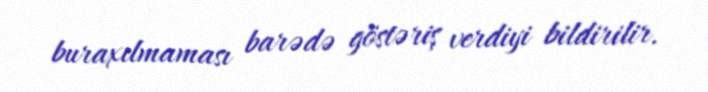
buraxılmaması barədə göstəriş verdiyi bildirilir.